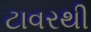
ટાવરથી